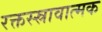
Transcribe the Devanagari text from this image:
रक्तस्स्रावात्मक